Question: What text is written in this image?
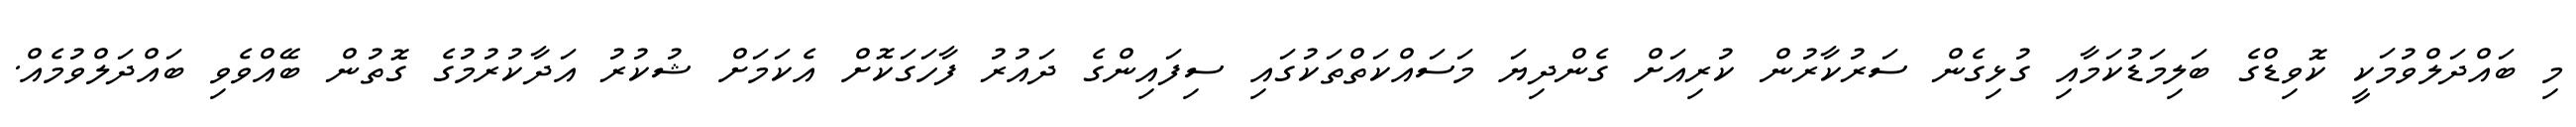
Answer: މި ބައްދަލްވުމަކީ ކޮވިޑްގެ ބަލިމަޑުކަމާއި ގުޅިގެން ސަރުކާރުން ކުރިއަށް ގެންދިޔަ މަސައްކަތްތަކުގައި ސިފައިންގެ ދައުރު ފާހަގަކޮށް އެކަމަށް ޝުކުރު އަދާކުރުމުގެ ގޮތުން ބޭއްވެވި ބައްދަލްވުމެއް.